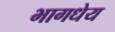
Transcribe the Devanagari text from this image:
भागधेय